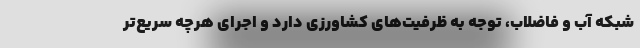
شبکه آب و فاضلاب، توجه به ظرفیت‌های کشاورزی دارد و اجرای هرچه سریع‌تر